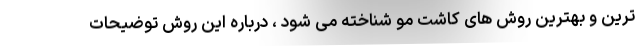
ترین و بهترین روش های کاشت مو شناخته می شود ، درباره این روش توضیحات